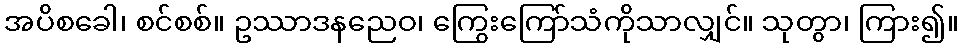
အပိစခေါ၊ စင်စစ်။ ဥဿာဒနညေဝ၊ ကြွေးကြော်သံကိုသာလျှင်။ သုတွာ၊ ကြား၍။